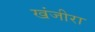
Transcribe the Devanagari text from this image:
खंजीरा